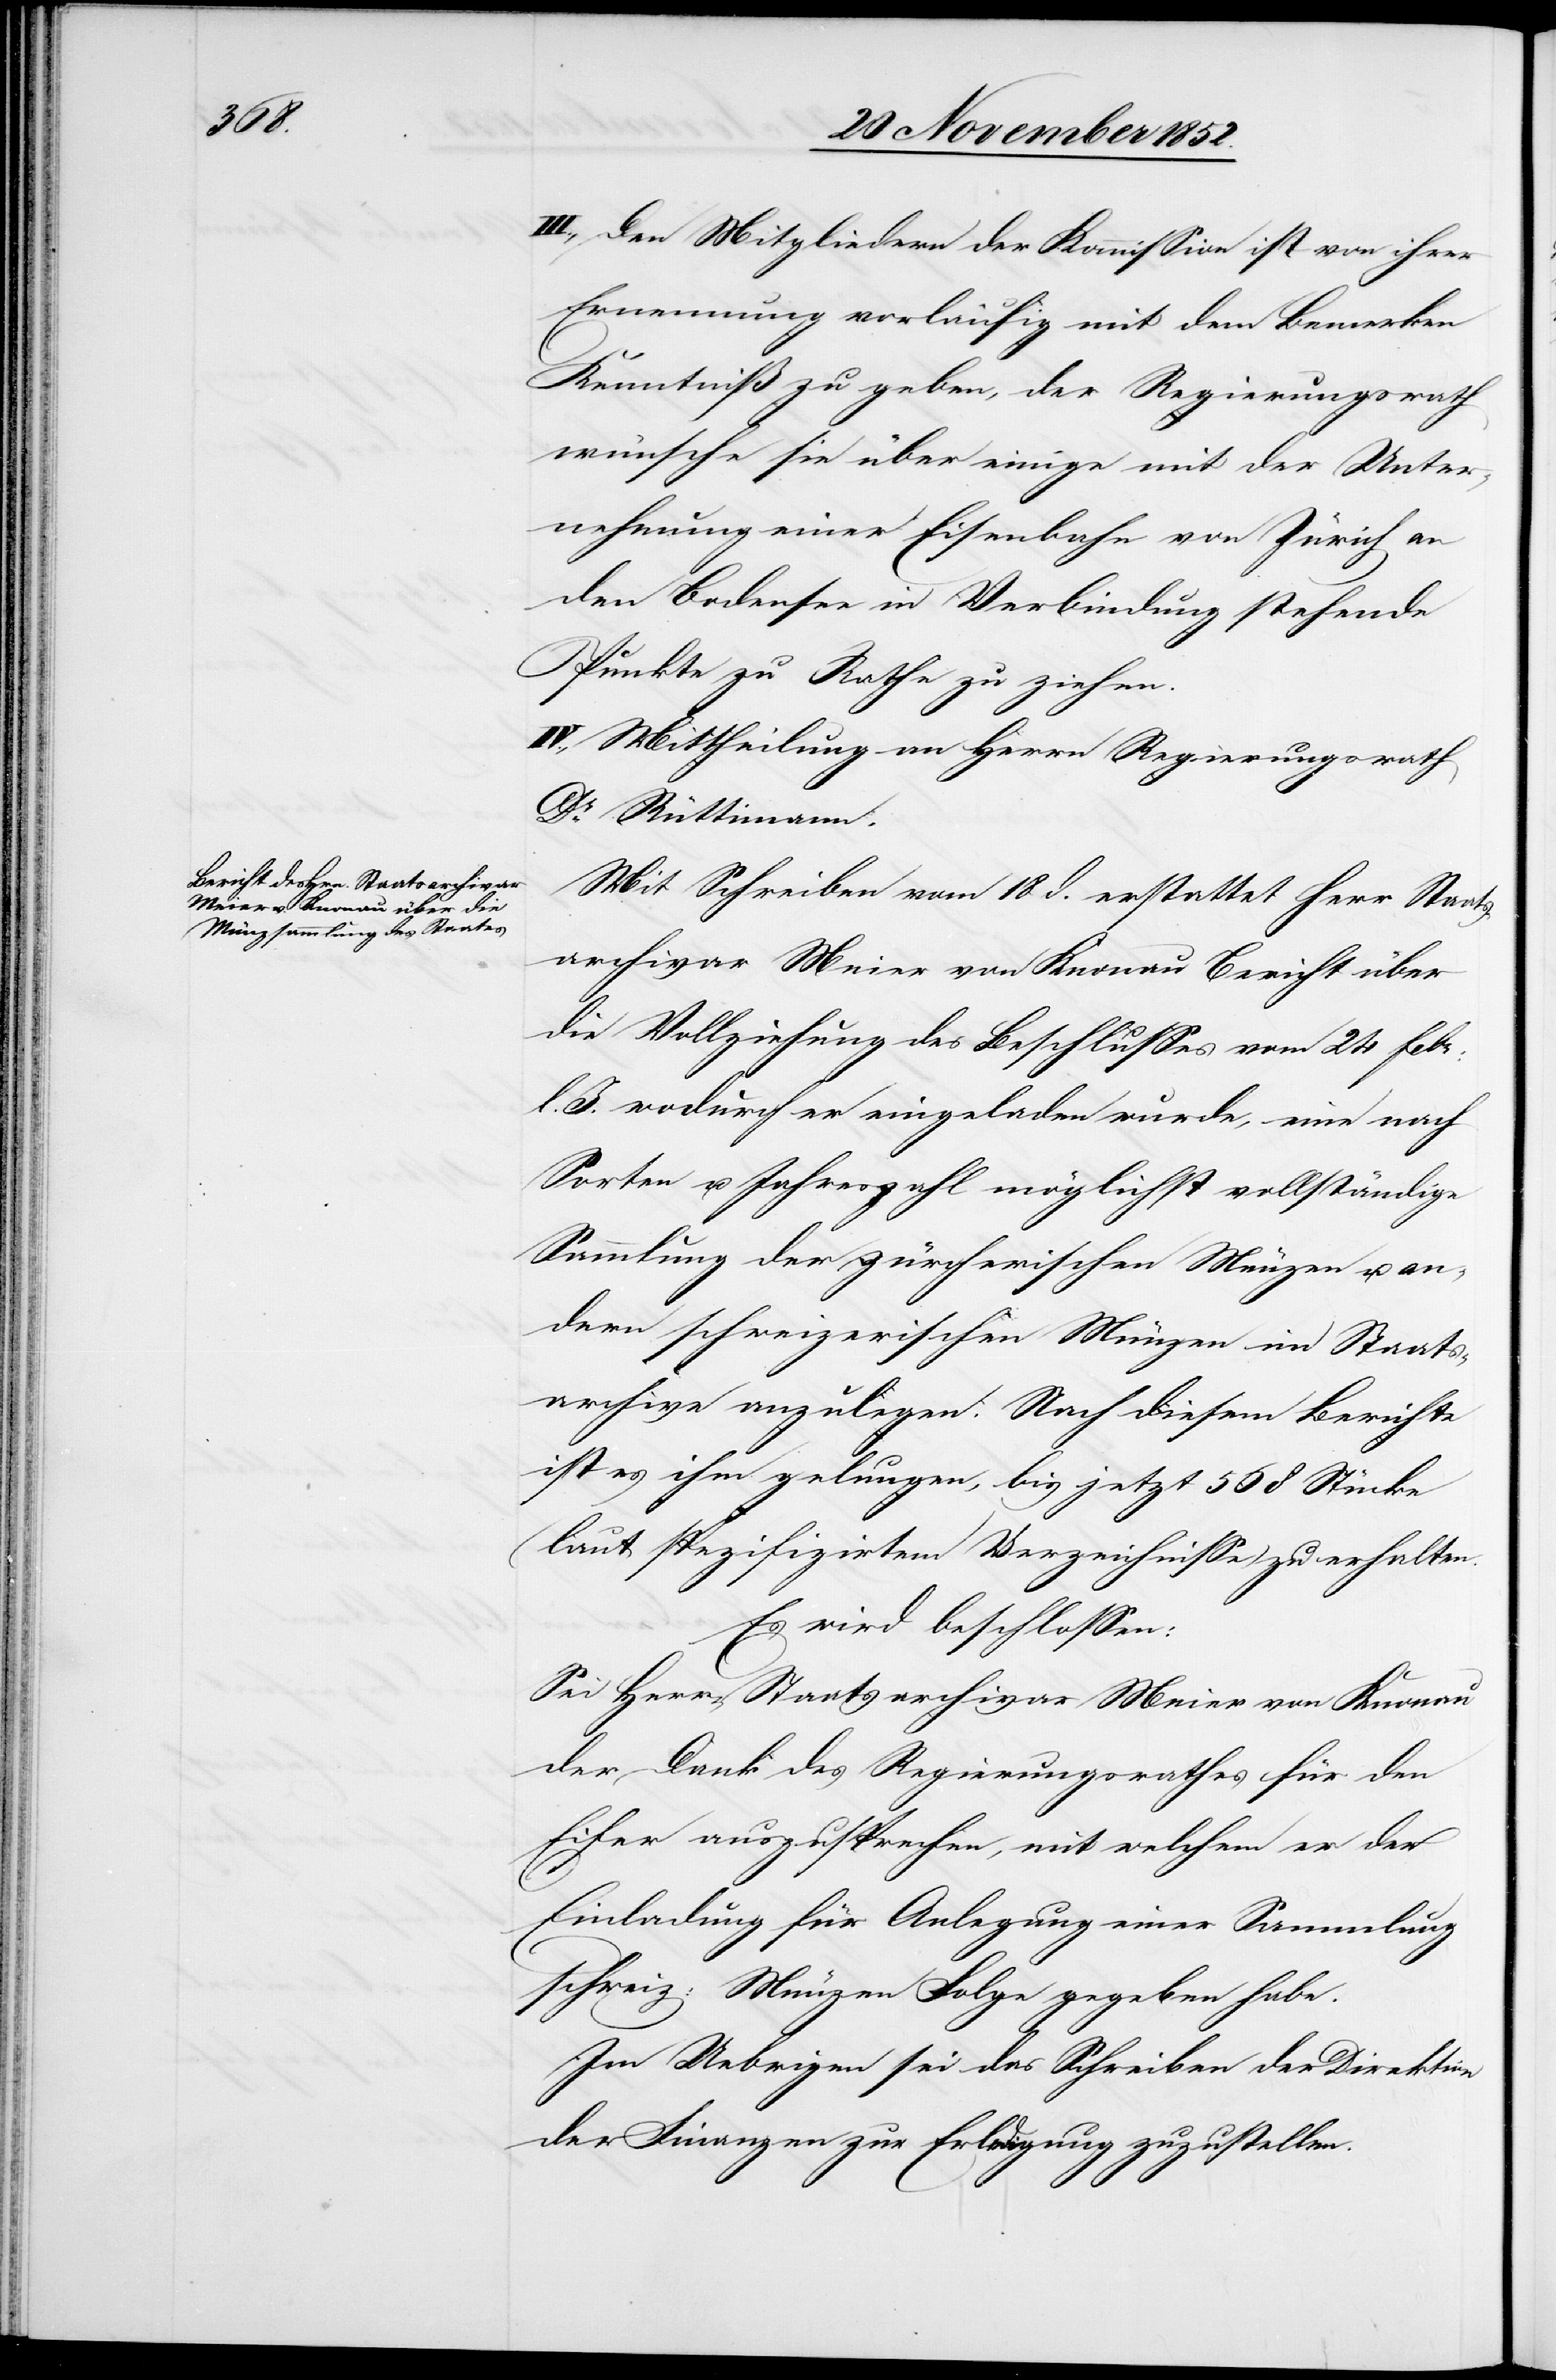
III., Den Mitgliedern der Kommission ist von ihrer
Ernennung vorläufig mit dem Bemerken
Kenntniß zu geben, der Regierungsrath
wünsche sie über einige mit der Unter¬
nehmung einer Eisenbahn von Zürich an
den Bodensee in Verbindung stehende
Punkte zu Rathe zu ziehen.
IV., Mittheilung an Herrn Regierungsrath
Dr. Rüttimann.
Mit Schreiben vom 18 d. erstattet Herr Staats¬
archivar Meier von Knonau Bericht über
die Vollziehung des Beschlusses vom 24 Febr:
l. J. wodurch er eingeladen wurde, eine nach
Sorten u. Jahreszahl möglichst vollständige
Sammlung der zürcherischen Münzen u. an¬
dern schweizerischen Münzen im Staats¬
archive anzulegen. Nach diesem Berichte
ist es ihm gelungen, bis jetzt 568 Stücke
(laut spezifizirtem Verzeichnisse) zu erhalten.
Es wird beschlossen:
Sei Herrn Staatsarchivar Meier von Knonau
der Dank des Regierungsrathes für den
Eifer auszusprechen, mit welchem er der
Einladung für Anlegung einer Sammlung
schweiz: Münzen Folge gegeben habe.
Im Uebrigen sei das Schreiben der Direktion
der Finanzen zur Erledigung zuzustellen.